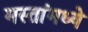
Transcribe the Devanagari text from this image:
मस्तांमध्ये